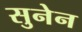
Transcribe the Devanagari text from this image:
सुनेन